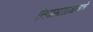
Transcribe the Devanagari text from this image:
निवासासाथानाचे